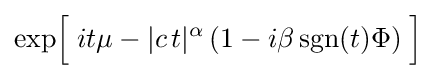
\exp \!{\Big [}\;it\mu -|c\,t|^{\alpha }\,(1-i\beta \operatorname {sgn} (t)\Phi )\;{\Big ]}